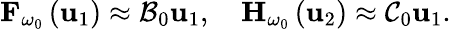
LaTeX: {\mathbf F}_{\omega_{0}}\left({\mathbf u}_{1}\right)\approx{\cal B}_{0}\mathbf{u}_{1},\quad{\mathbf H}_{\omega_{0}}\left({\mathbf u}_{2}\right)\approx{\cal C}_{0}\mathbf{u}_{1}.